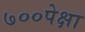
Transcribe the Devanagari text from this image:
७००पेक्षा